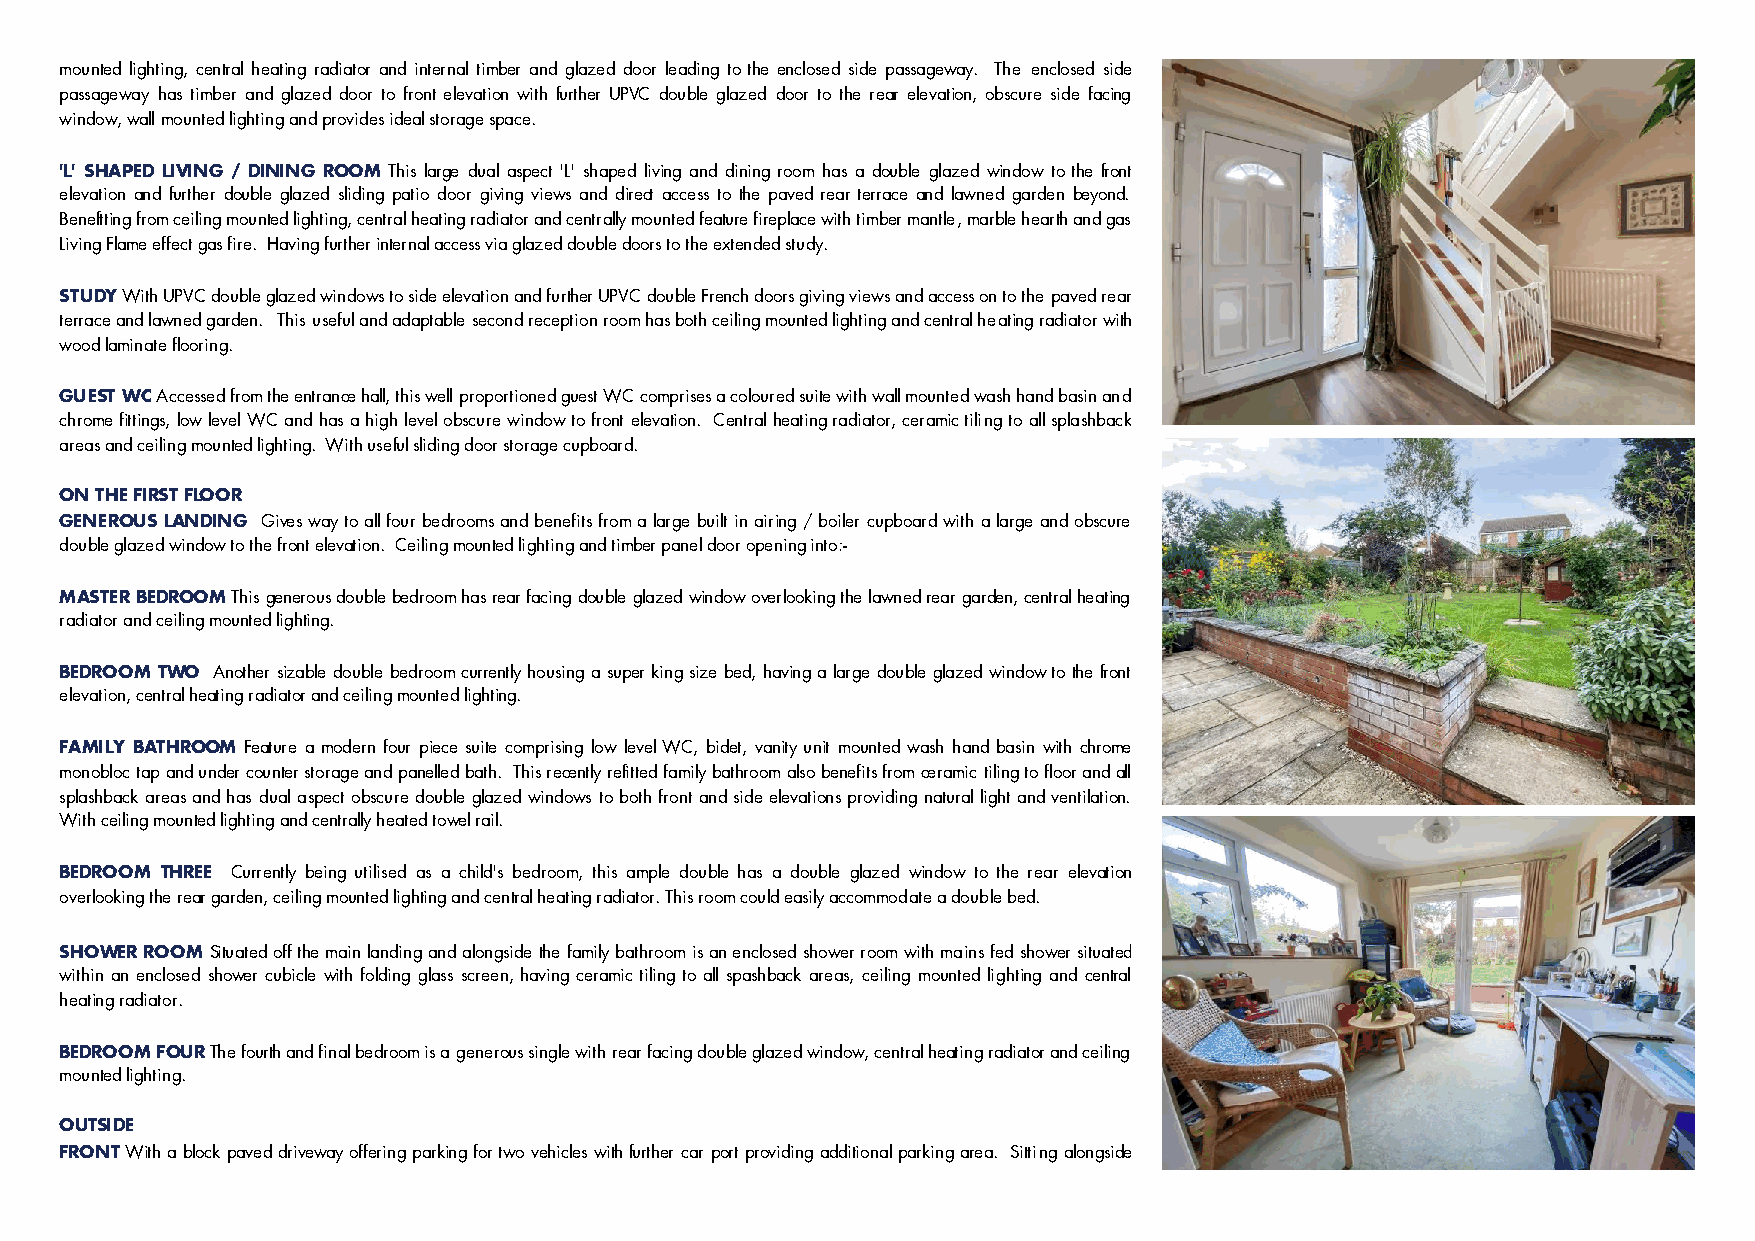
mounted lighting, central heating radiator and internal timber and glazed door leading to the enclosed side passageway. The enclosed side
 passageway has timber and glazed door to front elevation with further UPVC double glazed door to the rear elevation, obscure side facing
 window, wall mounted lighting and provides ideal storage space.
 'L' SHAPED LIVING / DINING ROOM This large dual aspect 'L' shaped living and dining room has a double glazed window to the front
 elevation and further double glazed sliding patio door giving views and direct access to the paved rear terrace and lawned garden beyond.
 Beneftting from ceiling mounted lighting, central heating radiator and centrally mounted feature fireplace with timber mantle, marble hearth and gas
 Living Flame effect gas fire. Having further internal access via glazed double doors to the extended study.
 STUDY With UPVC double glazed windows to side elevation and further UPVC double French doors giving views and access on to the paved rear
 terrace and lawned garden. This useful and adaptable second reception room has both ceiling mounted lighting and central heating radiator with
 wood laminate flooring.
 GUEST WC Accessed from the entrance hall, this well proportioned guest WC comprises a coloured suite with wall mounted wash hand basin and
 chrome fittings, low level WC and has a high level obscure window to front elevation. Central heating radiator, ceramic tiling to all splashback
 areas and ceiling mounted lighting. With useful sliding door storage cupboard.
 ON THE FIRST FLOOR
 GENEROUS LANDING Gives way to all four bedrooms and benefits from a large built in airing / boiler cupboard with a large and obscure
 double glazed window to the front elevation. Ceiling mounted lighting and timber panel door opening into:-
 MASTER BEDROOM This generous double bedroom has rear facing double glazed window overlooking the lawned rear garden, central heating
 radiator and ceiling mounted lighting.
 BEDROOM TWO Another sizable double bedroom currently housing a super king size bed, having a large double glazed window to the front
 elevation, central heating radiator and ceiling mounted lighting.
 FAMILY BATHROOM Feature a modern four piece suite comprising low level WC, bidet, vanity unit mounted wash hand basin with chrome
 monobloc tap and under counter storage and panelled bath. This recently refitted family bathroom also benefits from ceramic tiling to floor and all
 splashback areas and has dual aspect obscure double glazed windows to both front and side elevations providing natural light and ventilation.
 With ceiling mounted lighting and centrally heated towel rail.
 BEDROOM THREE Currently being utilised as a child's bedroom, this ample double has a double glazed window to the rear elevation
 overlooking the rear garden, ceiling mounted lighting and central heating radiator. This room could easily accommodate a double bed.
 SHOWER ROOM Situated off the main landing and alongside the family bathroom is an enclosed shower room with mains fed shower situated
 within an enclosed shower cubicle with folding glass screen, having ceramic tiling to all spashback areas, ceiling mounted lighting and central
 heating radiator.
 BEDROOM FOUR The fourth and final bedroom is a generous single with rear facing double glazed window, central heating radiator and ceiling
 mounted lighting.
 OUTSIDE
 FRONT With a block paved driveway offering parking for two vehicles with further car port providing additional parking area. Sitting alongside